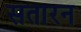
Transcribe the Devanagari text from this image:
सतारन